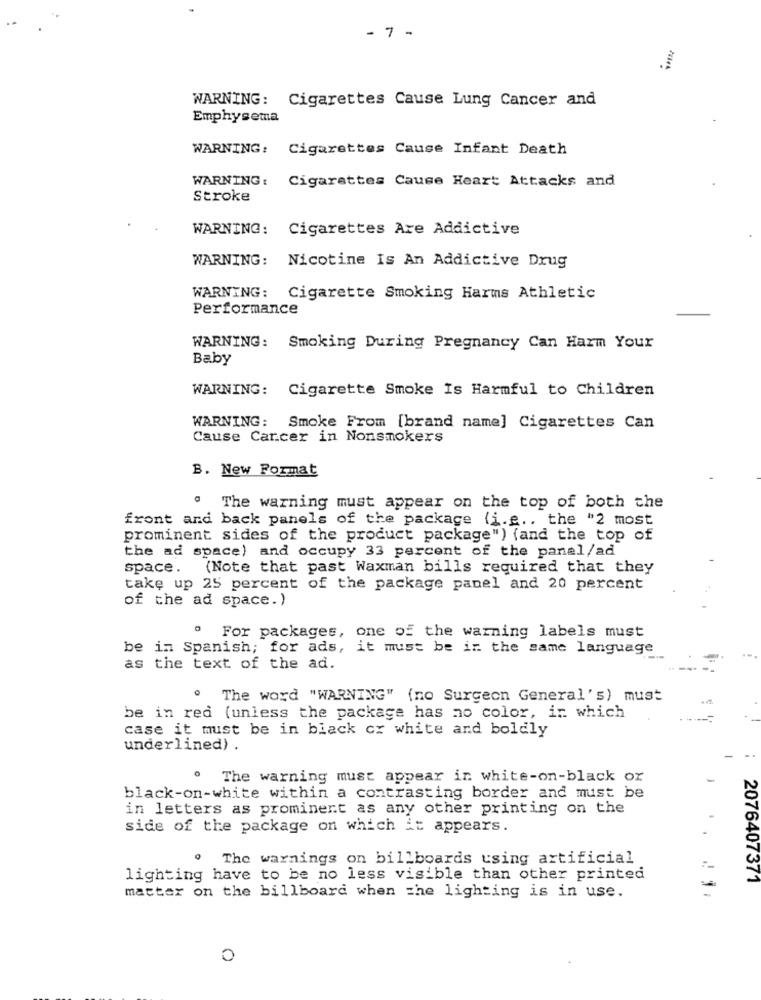
- 7 -
WARNING: Cigarettes Cause Lung Cancer and
Emphysema
WARNING:
Cigarettes Cause Infant Death
WARNING :
Cigarettes Cause Heart Attacks and
Stroke
WARNING: Cigarettes Are Addictive
WARNING: Nicotine Is An Addictive Drug
WARNING: Cigarette Smoking Harms Athletic
Performance
WARNING: Smoking During Pregnancy Can Harm Your
Baby
WARNING: Cigarette Smoke Is Harmful to Children
WARNING: Smoke From [brand name] Cigarettes Can
Cause Cancer in Nonsmokers
B. New Format
. The warning must appear on the top of both the
front and back panels of the package (i.g ., the "2 most
prominent sides of the product package") {and the top of
the ad space) and occupy 33 percent of the panal/ad
space. (Note that past Waxman bills required that they
take up 25 percent of the package panel and 20 percent
of the ad space.)
" For packages, one of the warning labels must
be in Spanish; for ads, it must be in the same language
as the text of the ad.
. The word "WARNING" (no Surgeon General's) must
be in red (unless the package has no color, in which
case it must be in black cx white and boldly
underlined) .
The warning must appear in white-on-black or
black-on-white within a contrasting border and must be
in letters as prominent as any other printing on the
side of the package on which it appears.
The warnings on billboards using artificial
lighting have to be no less visible than other printed
2076407371
matter on the billboard when the lighting is in use.
0